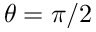
\theta = \pi / 2